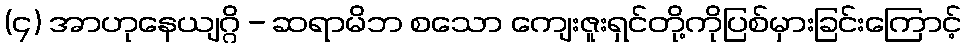
(၄) အာဟုနေယျဂ္ဂိ - ဆရာမိဘ စသော ကျေးဇူးရှင်တို့ကိုပြစ်မှားခြင်းကြောင့်